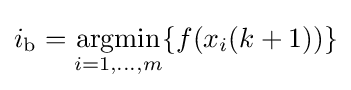
\displaystyle i_{\text{b}}=\mathop {\text{argmin}} _{i=1,\ldots ,m}\{f(x_{i}(k+1))\}